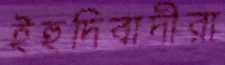
ইহুদিবাদীরা